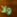
ولا